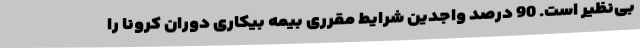
بی‌نظیر است. 90 درصد واجدین شرایط مقرری بیمه بیکاری دوران کرونا را